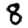
Digit: 8